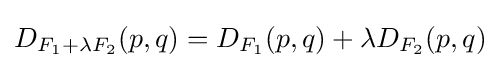
D_{F_{1}+\lambda F_{2}}(p,q)=D_{F_{1}}(p,q)+\lambda D_{F_{2}}(p,q)